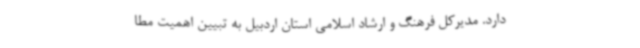
دارد. مدیرکل فرهنگ و ارشاد اسلامی استان اردبیل به تبیین اهمیت مطا